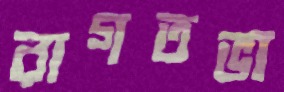
রাগতভা